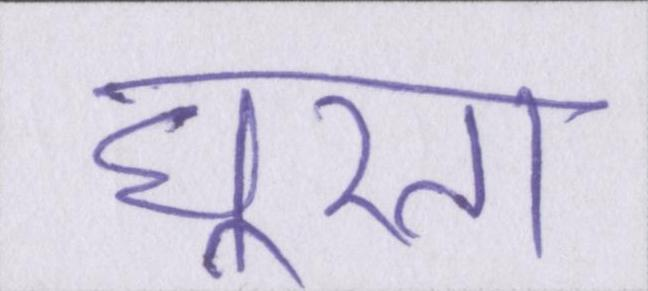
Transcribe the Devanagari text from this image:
घूरता